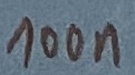
Text: 100n